Source: Computer-generated
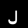
Digit: ၂ (2)